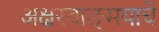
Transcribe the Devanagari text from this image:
अक्षरवाङ्‌मयाचे